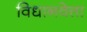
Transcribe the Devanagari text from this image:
विधानवेत्ता